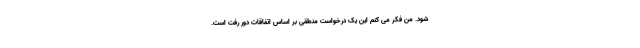
شود. من فکر می کنم این یک درخواست منطقی بر اساس اتفاقات دور رفت است.